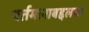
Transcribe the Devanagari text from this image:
वर्तमानाबद्दलचा